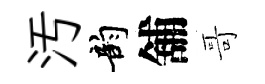
汚韵舖哥